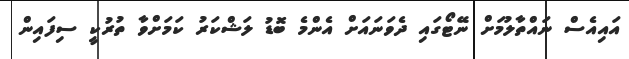
އައިއެސް ނައްތާލުމަށް ނޭޓޯގައި ދެވަނައަށް އެންމެ ބޮޑު ލަޝްކަރު ކަމަށްވާ ތުރުކީ ސިފައިން